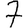
Digit: 7